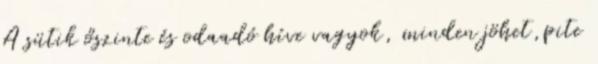
A sütik őszinte és odaadó híve vagyok, minden jöhet,pite